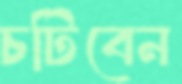
চটিবেন